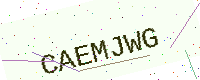
Text: CAEMJWG